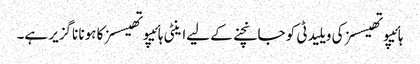
ہائیپوتھیسسز کی ویلیدٹی کو جانچنے کے لیےاینٹی ہائیپوتھیسسز کا ہونا ناگزیر ہے۔